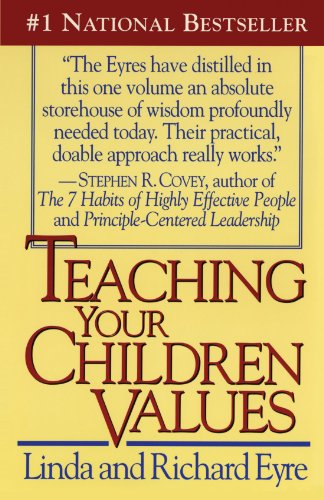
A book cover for Teaching Your Children Values; Richard Eyre; Politics & Social Sciences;